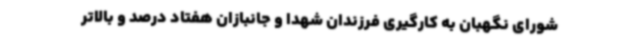
شورای نگهبان به کارگیری فرزندان شهدا و جانبازان هفتاد درصد و بالاتر